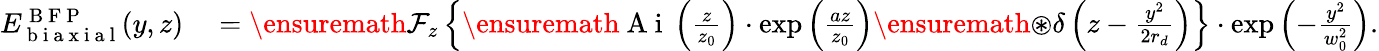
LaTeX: \begin{array}{rl}{E_{\mathrm{~b~i~a~x~i~a~l~}}^{\mathrm{~B~F~P~}}(y,z)}&{{}=\ensuremath{\mathcal{F}}_{z}\left\{ \ensuremath{\mathrm{~A~i~}}\left(\frac{z}{z_{0}}\right)\cdot\exp\left(\frac{az}{z_{0}}\right)\ensuremath{\circledast}\delta\left(z-\frac{y^{2}}{2r_{d}}\right)\right\} \cdot\exp\left(-\frac{y^{2}}{w_{0}^{2}}\right).}\end{array}